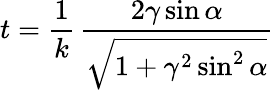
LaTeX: t={\frac{1}{k}}\, \frac{2\gamma\sin\alpha}{\sqrt{1+\gamma^{2}\sin^{2}\alpha}}